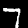
Digit: 7